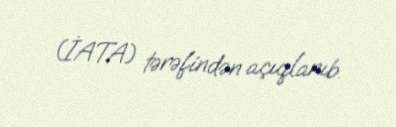
(İATA) tərəfindən açıqlanıb.